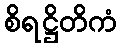
စိရဋ္ဌိတိကံ